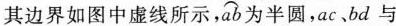
其边界如图中虚线所示，\stackrel\frown{ab}为半圆，ac、bd与